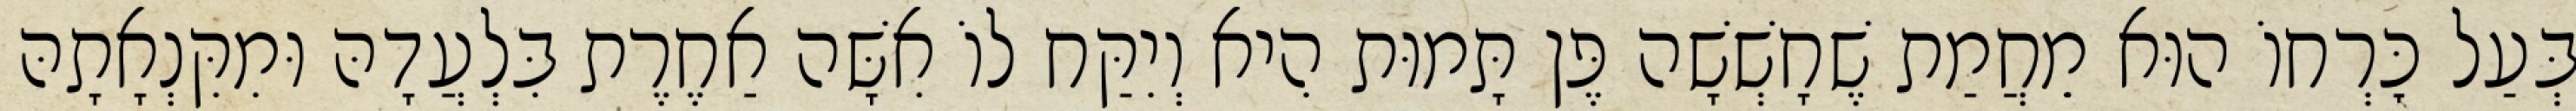
בְּעַל כׇּרְחוֹ הוּא מֵחֲמַת שֶׁחָשְׁשָׁה פֶּן תָּמוּת הִיא וְיִקַּח לוֹ אִשָּׁה אַחֶרֶת בִּלְעֲדָהּ וּמִקִּנְאָתָהּ